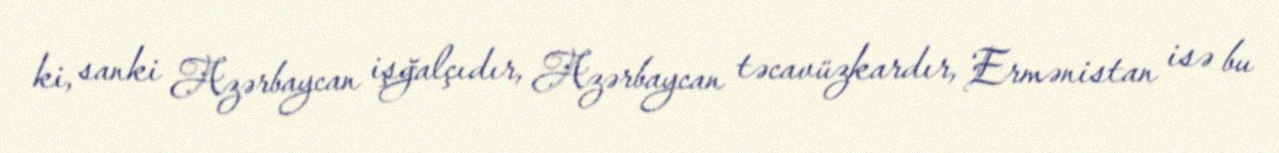
ki, sanki Azərbaycan işğalçıdır, Azərbaycan təcavüzkardır, Ermənistan isə bu